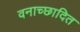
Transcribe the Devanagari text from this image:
वनाच्‍छादित